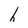
Character: h